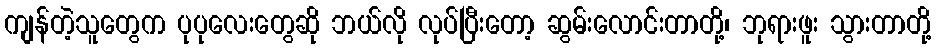
ကျန်တဲ့သူတွေက ပုပုလေးတွေဆို ဘယ်လို လုပ်ပြီးတော့ ဆွမ်းလောင်းတာတို့၊ ဘုရားဖူး သွားတာတို့